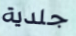
جلدية